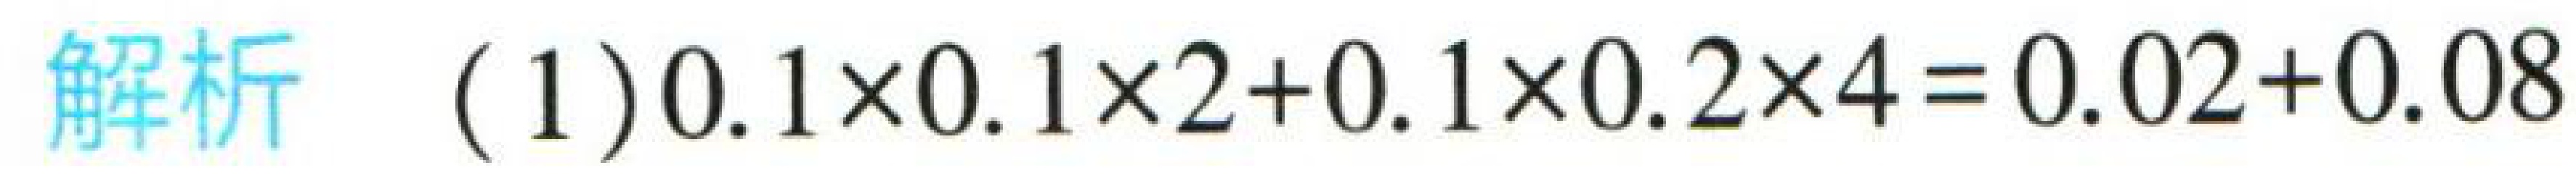
解析 (1) \(0.1\times0.1\times2 + 0.1\times0.2\times4=0.02 + 0.08\)